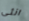
انثى